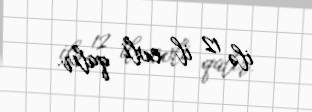
ilə 12 il evli qalır.